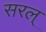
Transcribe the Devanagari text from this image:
सरल्